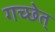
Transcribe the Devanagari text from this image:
गच्छेत्‌